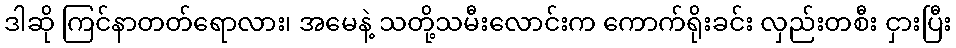
ဒါဆို ကြင်နာတတ်ရောလား၊ အမေနဲ့ သတို့သမီးလောင်းက ကောက်ရိုးခင်း လှည်းတစီး ငှားပြီး